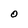
Character: O